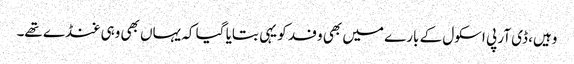
وہیں، ڈی آر پی اسکول کے بارے میں بھی وفد کو یہی بتایا گیا کہ یہاں بھی وہی غنڈے تھے۔